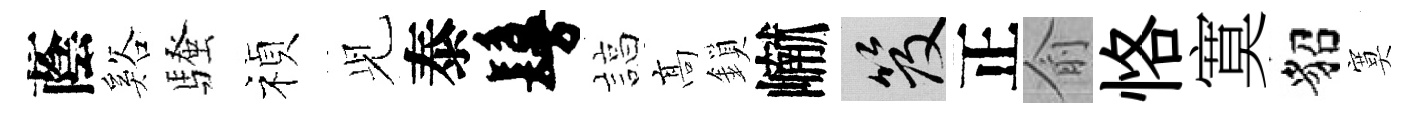
蔭谿騷禎𫤗泰鬘諄髙鎖𪩘笈正俞恪寞貂寞